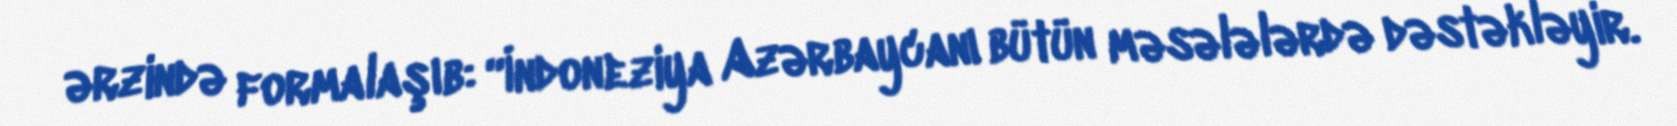
ərzində formalaşıb: “İndoneziya Azərbaycanı bütün məsələlərdə dəstəkləyir.